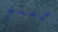
ممممم